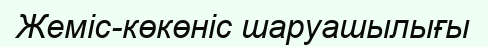
Жеміс-көкөніс шаруашылығы